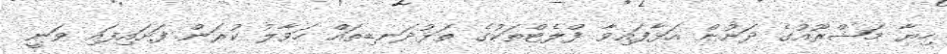
ހިޔާ މަޝްރޫއުގެ ދަށުން އަޅާފައިވާ ފްލެޓްތަކުގެ ތަޅުދަނޑިތައް ހަވާލު ކުރަން ފަށައިފައި ވަނީ